Calcutta medical institutions reports 1871-78
Year: 1871
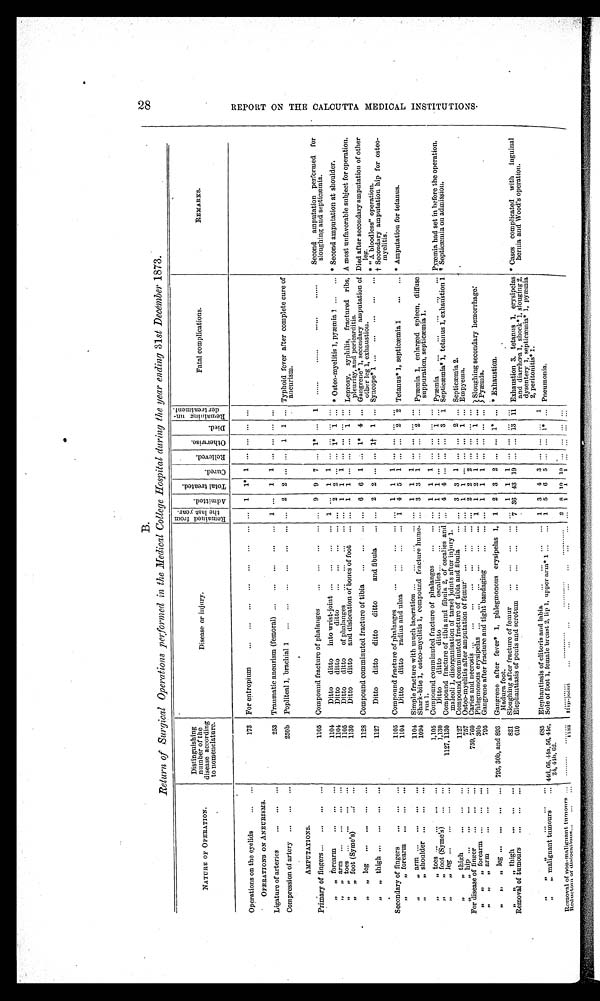
B
.
Return of Surgical Operations performed in the Medical College Hospital during the year ending 31st December 1873.
NATURE OF OPERATION.
Distinguishing
number of the
disease according
to nomenclature.
Disease or injury.
Re ma i ne d f r om
t he l ast year .
A d m i t t e d .
T o t a l t r e a t e d .
Cu r e d .
Relieved.
O t h e r w i s e
Di e d.
Remai ni ng un
der t r eat ment .
Fatal complications.
REMARKS.
Operations on the eyelids
173 For entropium
... 1 1* 1 ... ... ... ...
OPERATIONS ON ANEURISMS.
Ligature of arteries
253 Traumatic aneurism (femoral)
1 ... 1 1 ... ... ... ...
Compression of artery
250b Popliteal 1, brachial 1
... 2 2 ... ... 1 1 ... Typhoid fever after complete cure of
aneurism.
AMPUTATIONS.
Primary of fingers
1105 compound fracture of phalanges
... 9 9 7 ... 1* ... 1
. . . . . . . . . . . . . . . . . . . . . . . .
Second amputation performed for
sloughing and septicæmia.
,, ,, forearm
1104
Ditto ditto into wrist-joint
1 ... 1 1 ... ... ... ...
„ „ arm
1104
Ditto ditto ditto
... 2 2 ... ... 1* 1 ... * Osteo-myelitis 1, pymmia 1
* Second amputation at shoulder.
,, ,, toes
1105
Ditto ditto of phalanges
... 1 1 1 ... ... ... ...
,, „ foot (Syme's)
1130
Ditto ditto and dislocation of bones of foot
... 1 1 ... ... ... 1 ... Leprosy, syphilis, fractured ribs,
pleurisy, and pericarditis.
A most unfavorable subject for operation.
,, ,, leg
1128 Compound comminuted fracture of tibia
... 6 6 1 ... 1* 4 ... Gangrene* 1, secondary amputation of
other leg 1, exhaustion.
Died after secondary amputation of other
leg.
„ „ thigh
1127
Ditto ditto ditto ditto and fibula
... 2 2 ... ... 1† 1 ... Syncope* 1
* "A. bloodless" operation.
† Secondary amputation hip for osteo-
myelitis.
Secondary of fingers
1105 Compound fracture of phalanges
... 1 1 1 ... ... ... ...
,,
„ forearm
1104
Ditto ditto radius and ulna
1 4 5 1 ... ... 2 2 Tetanus* 1, septicæmia 1
* Amputation for tetanus.
,,
„ arm
1104 Simple fracture with much laceration
... 1 1 1 ... ... ... ...
„ shoulder
1094 Shark-bite 1, osteo-myelitis 1, compound fracture hume-
rus 1.
... 3 3 1 ... ... 2 ... Pyæmia 1, enlarged spleen, diffuse
suppuration, septicæmia 1.
,, „ toes
1,105 Compound comminuted fracture of phalanges
... 1 1 1 ... ... ... ...
,,
„ foot, (Syme's)
1,130
Ditto ditto ditto oscalies
... 1 1 ... ... ... 1 ... Pyæmia
Pyæmia had set in before the operation.
,,
„ leg
1127, 1130 Compound fracture of tibia and fibula 2, of oscalies and
maleoli 1, disorganisation of tarsel joints after injury 1.
... 4 4 ... ... ... 3 1 septicæmia* 1, tetanus 1, exhaustion 1 * septicæmia on admission.
„ ,, thigh
1127 Compound comminuted fracture of tibia and fibula,
... ... 3 3 1 ... ... 2 ... Septicmmia 2.
,, ,, hip
757 Osteo-myelitis after amputation of femur
... 1 1 ... ... ... 1 ... Empyema.
For disease of finger
759, 760 Caries and necrosis
... 2 2 2 ... ... ... ...
,, ,, ,,forearm
30b Phlegmonous erysipelas
1 1 2 1 ... ... 1 ... Sloughing secondary hemorrhage:
„ „ „ arm
795 Gangrene after fracture and tight bandaging
... 1 1 1 ... ... ... ... Pyæmia.
„ „ „ leg
795, 30h, and 893 Gangrene after fever* 1, phlegmonous erysipelas 1,
Madura foot.
1 2 3 2 ... ... 1* ... * Exhaustion.
,, ,,
,, thigh
821 Sloughing after fracture of femur
... 1 1 1 ... ... ... ...
Removal of tumours
610 Elephantiasis of penis and scrotum
7 36 43 19 ... ... 13 11 Exhaustion 3, tetanus 1, erysipelas
and diarrhoea 1, shock* 1, slouging 2,
dysentery 1, septicæmia* 1, Pyæmia
2, peritonitis* 1.
* Cases complicated with inguinal
hernia and Wood's operation.
,, ,, ,,
685 Elephantiasis of clitoris and labia
1 3 4 3 ... ... ... 1
,, ,,malignant tumours ... 44d, 66, 44a, 56, 44c,
24, 44b, 62.
Sole of foot 1, female breast 2, lip 1, upper arm*1
1 5 6 5 ... ... 1* ... Pneumonia.
Removal of non-mulignant tumours
. . . . . . . . .
. . . . . . . . .
........... ............ ............ .............
2 8 10 10 ... ... ... ...
Reduction of dislocations
1133 Hip-joint
... 1 1 1 ... ... ... ...
2 8 R E P O R T O N T H E C A L C U T T A M E D I C A L I N S T I T U T I O N S .